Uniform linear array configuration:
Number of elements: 48
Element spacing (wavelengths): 0.75
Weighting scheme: kaiser
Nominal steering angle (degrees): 60
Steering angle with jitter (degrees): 59.469
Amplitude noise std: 0.05
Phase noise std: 0.05

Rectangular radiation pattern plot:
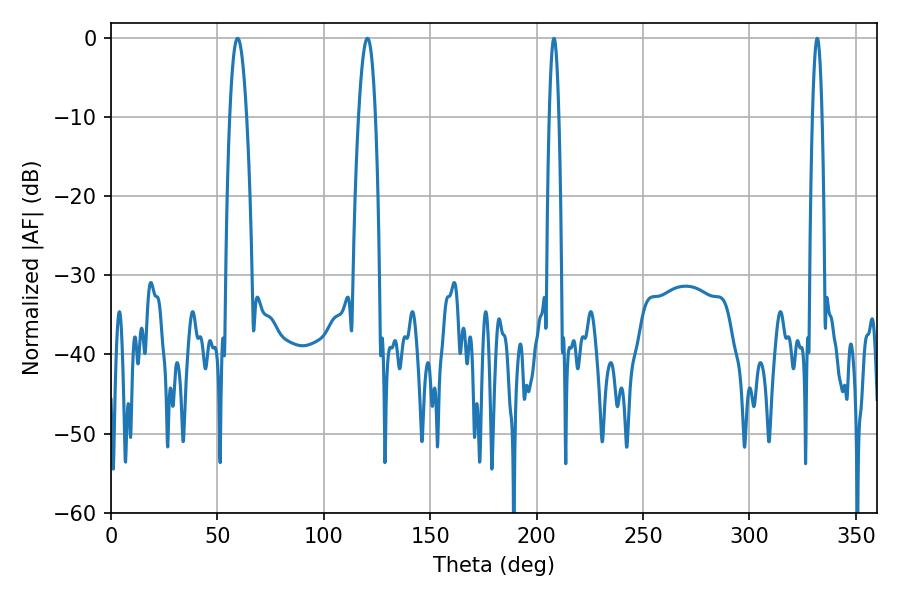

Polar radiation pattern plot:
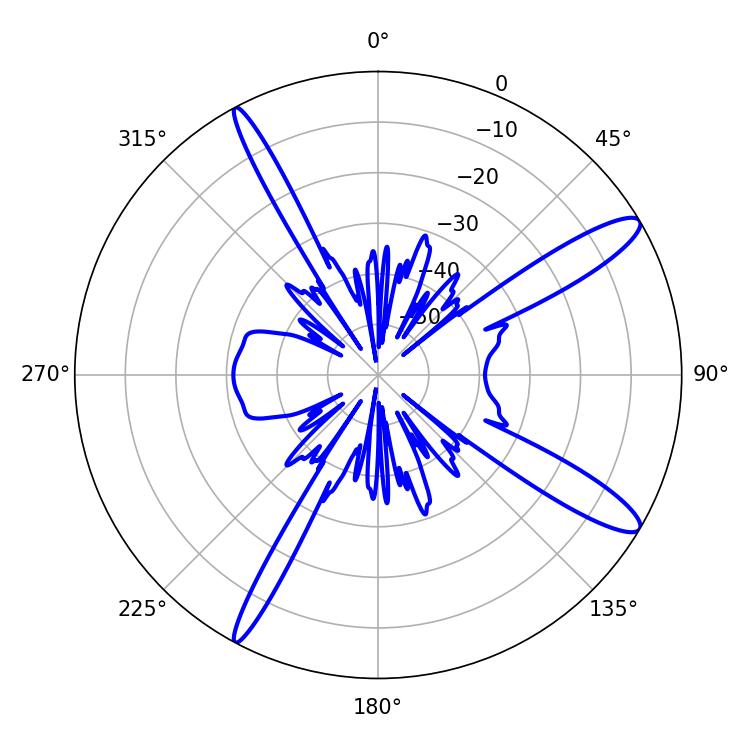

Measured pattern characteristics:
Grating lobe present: TRUE
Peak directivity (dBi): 13.111
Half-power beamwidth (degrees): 4.32
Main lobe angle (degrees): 120.42